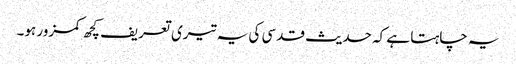
یہ چاہتا ہے کہ حدیث قدسی کی یہ تیری تعریف کچھ کمزور ہو۔